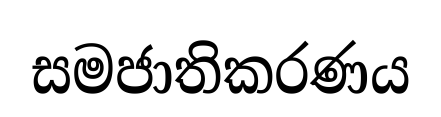
සමජාතිකරණය